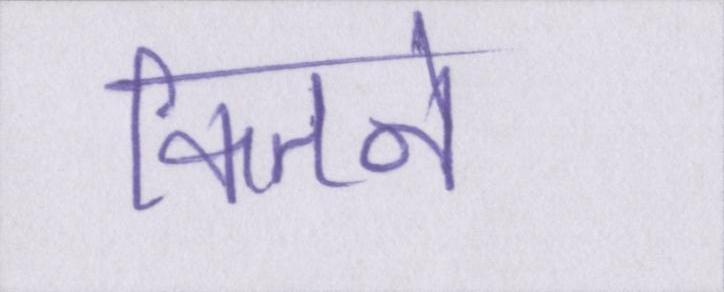
कितने